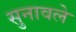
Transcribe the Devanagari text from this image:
सुनावले